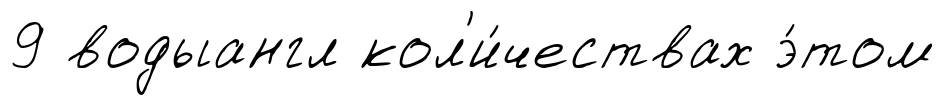
9 водыангл кол'и́чествах э́том